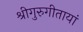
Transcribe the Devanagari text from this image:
श्रीगुरुगीतायां